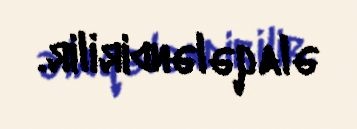
əlaqələndirilir.